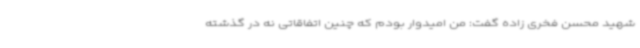
شهید محسن فخری زاده گفت: من امیدوار بودم که چنین اتفاقاتی نه در گذشته